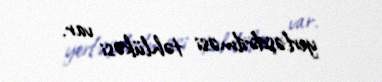
yerləşdirilməsi təhlükəsi var.